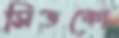
সিডকো